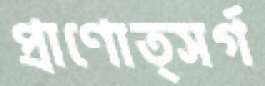
প্রাণোত্সর্গ